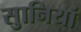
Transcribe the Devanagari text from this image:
सुानियां